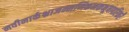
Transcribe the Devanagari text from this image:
नवीनार्कभ्राजन्मणिकनकभूषापरिकरै